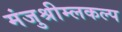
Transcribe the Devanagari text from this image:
मंजुश्रीम्लकल्प